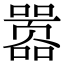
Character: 嚣